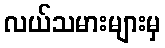
လယ်သမားများမှ